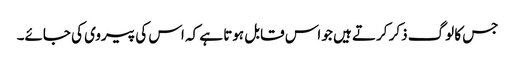
جس کا لوگ ذکر کرتے ہیں جو اس قابل ہوتا ہے کہ اس کی پیروی کی جائے۔